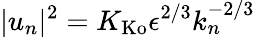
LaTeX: |u_{n}|^{2}=K_{\mathrm{Ko}}\epsilon^{2/3}k_{n}^{-2/3}